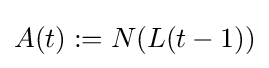
A(t):=N(L(t-1))